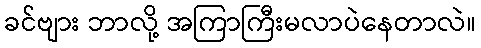
ခင်ဗျား ဘာလို့ အကြာကြီးမလာပဲနေတာလဲ။